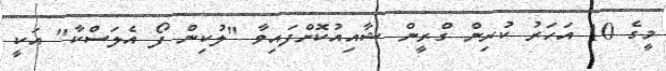
މީގެ 10 އަހަރު ކުރިން ގްރީން ޝާއިއުކޮށްފައިވާ "ލުކިން ފޯ އެލަސްކާ" އަކީ